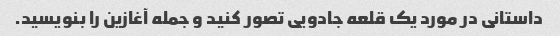
داستانی در مورد یک قلعه جادویی تصور کنید و جمله آغازین را بنویسید.